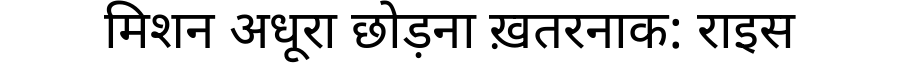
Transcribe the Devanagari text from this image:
मिशन अधूरा छोड़ना ख़तरनाक: राइस